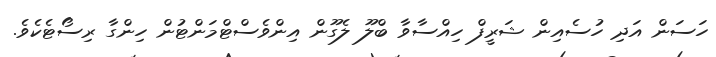
ހަސަން އަދި ހުސެއިން ޝަރީފް ހިއްސާވާ ބްލޫ ލެގޫން އިންވެސްޓްމަންޓުން ހިންގާ ރިސޯޓެކެވެ.